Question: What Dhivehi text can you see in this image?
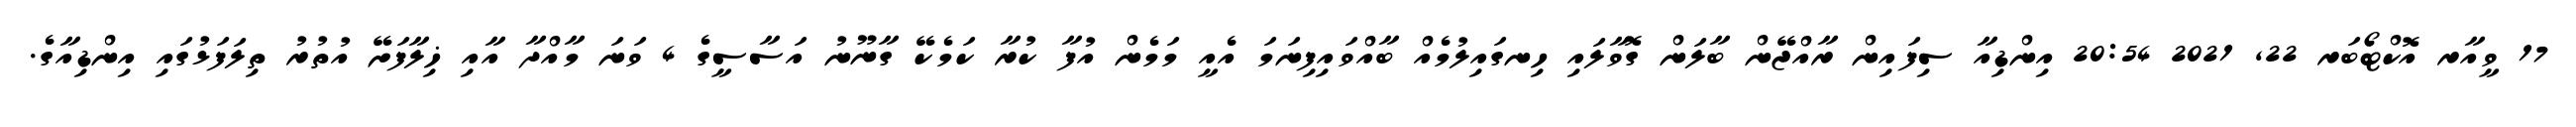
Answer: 17 ވީއާރ އޮކްޓޯބަރ 22, 2021 20:54 އިންޑިއާ ސިފައިން ރާއްޖޭން ބާލަން ގޮވާލައި ހިނގައިލުމެއް ބާއްވައިފިނަމަ އެއީ މަމެން އުފާ ކުރާ ކަމެކޭ ގާނޫނު އަސާސީގެ 4 ވަނަ މާއްދާ އާއި ޚިލާފަށޭ އުތުރު ތިލަފަޅުގައި އިންޑިއާގެ.